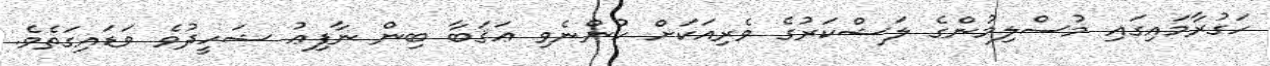
ހަގުރާމައިގައި މުސްލިމުންގެ ލަޝްކަރުގެ ވެރިއަކަށް ހުންނެވި ޢަޤަބާ ބިން ނާފިޢު ޝަހީދުވެ ވަޑައިގަތެވެ.